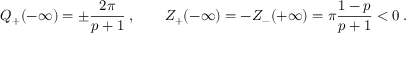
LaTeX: \displaystyle { \cal Q } _ { + } ( - \infty ) = \pm \frac { 2 \pi } { p + 1 } \: , \qquad Z _ { + } ( - \infty ) = - Z _ { - } ( + \infty ) = \pi \frac { 1 - p } { p + 1 } < 0 \: .